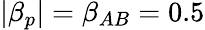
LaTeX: |\beta_{p}|=\beta_{AB}=0.5